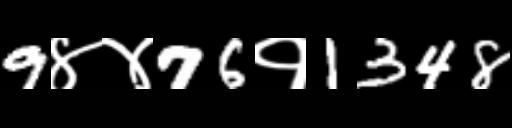
Text: 9४४76१1348